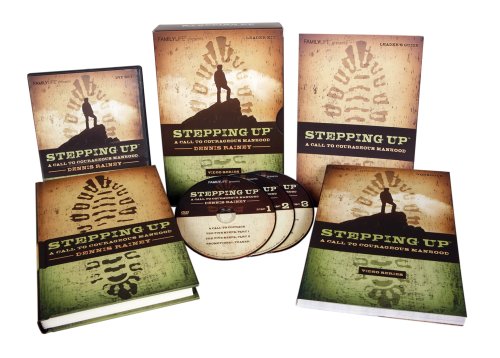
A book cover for Stepping Up 10 Week Video Series; Dennis Rainey; Christian Books & Bibles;